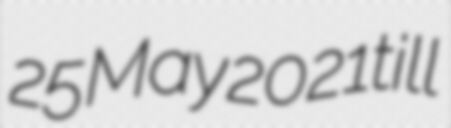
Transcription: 25 May 2021 till